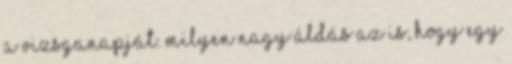
a vizsganapját. Milyen nagy áldás az is, hogy egy